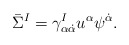
\begin{align*}\bar \Sigma^I=\gamma^I_{\alpha\dot\alpha}u^{\alpha}\psi^{\dot\alpha}.\end{align*}